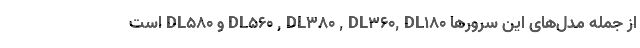
از جمله مدل‌های این سرورها DL560 , DL380 , DL360, DL180 و DL580 است